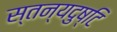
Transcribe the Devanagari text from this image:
स्तन्यदुष्टि